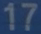
17